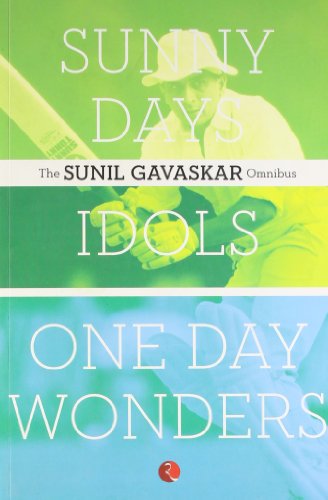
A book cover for The Sunil Gavaskar Omnibus; Sunil Gavaskar; Sports & Outdoors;